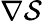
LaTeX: \nabla\mathcal{S}